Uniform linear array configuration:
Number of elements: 48
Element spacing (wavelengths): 1
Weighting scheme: uniform
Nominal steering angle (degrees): -30
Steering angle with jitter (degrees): -30.405
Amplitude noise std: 0.05
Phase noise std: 0.05

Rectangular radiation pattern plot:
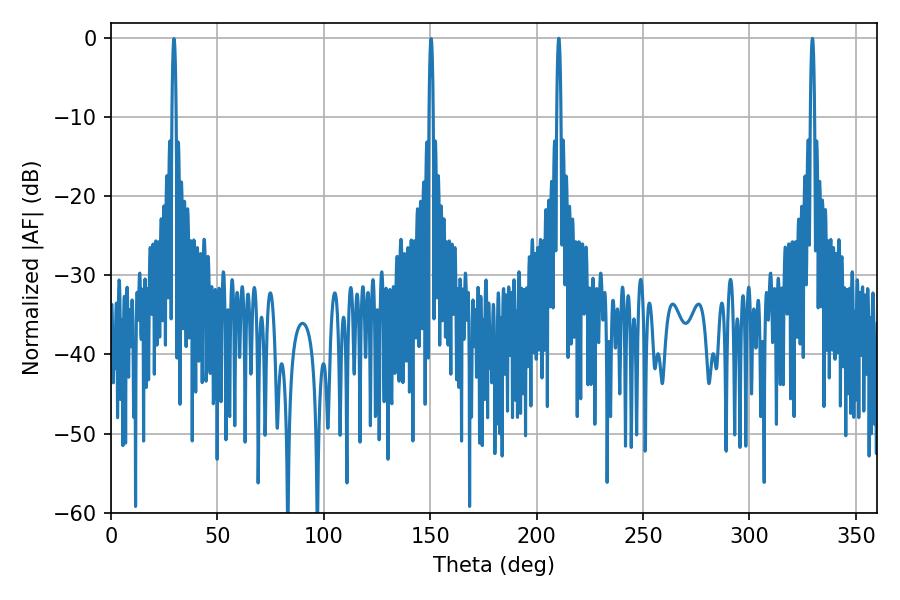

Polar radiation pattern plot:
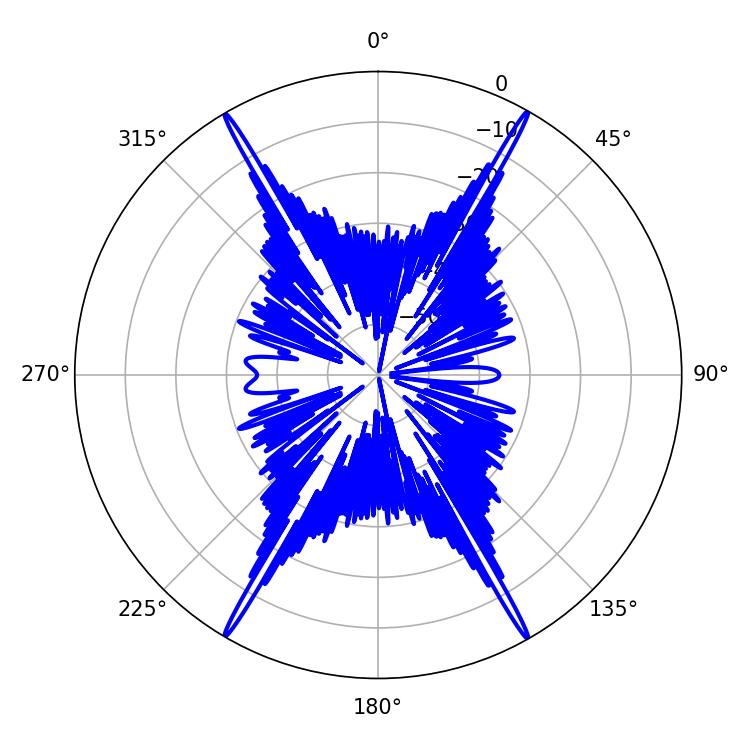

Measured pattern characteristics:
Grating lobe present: TRUE
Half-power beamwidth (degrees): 1.08
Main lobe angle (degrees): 210.42